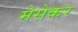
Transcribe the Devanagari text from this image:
मेसेकर